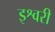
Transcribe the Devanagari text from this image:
इश्वरी